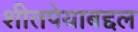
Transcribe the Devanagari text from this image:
शीतपेयाबद्दल